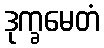
ဒုက္ခမေတံ